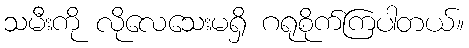
သမီးကို လိုလေသေးမရှိ ဂရုစိုက်ကြပါတယ်။